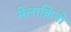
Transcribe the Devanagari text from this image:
मेलाक्रिनो